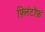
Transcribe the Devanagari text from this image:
फ़्लिंटॉफ़